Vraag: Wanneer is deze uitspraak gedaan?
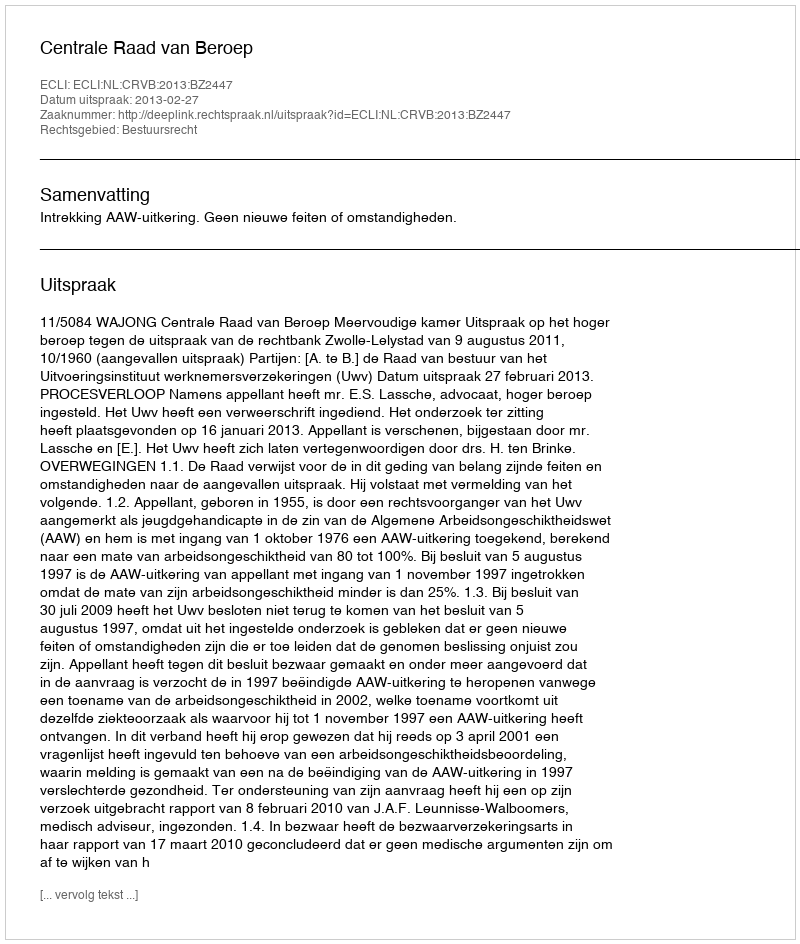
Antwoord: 2013-02-27